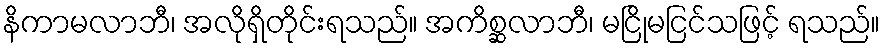
နိကာမလာဘီ၊ အလိုရှိတိုင်းရသည်။ အကိစ္ဆလာဘီ၊ မငြိုမငြင်သဖြင့် ရသည်။